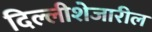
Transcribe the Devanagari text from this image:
दिल्लीशेजारील